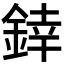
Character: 﨨